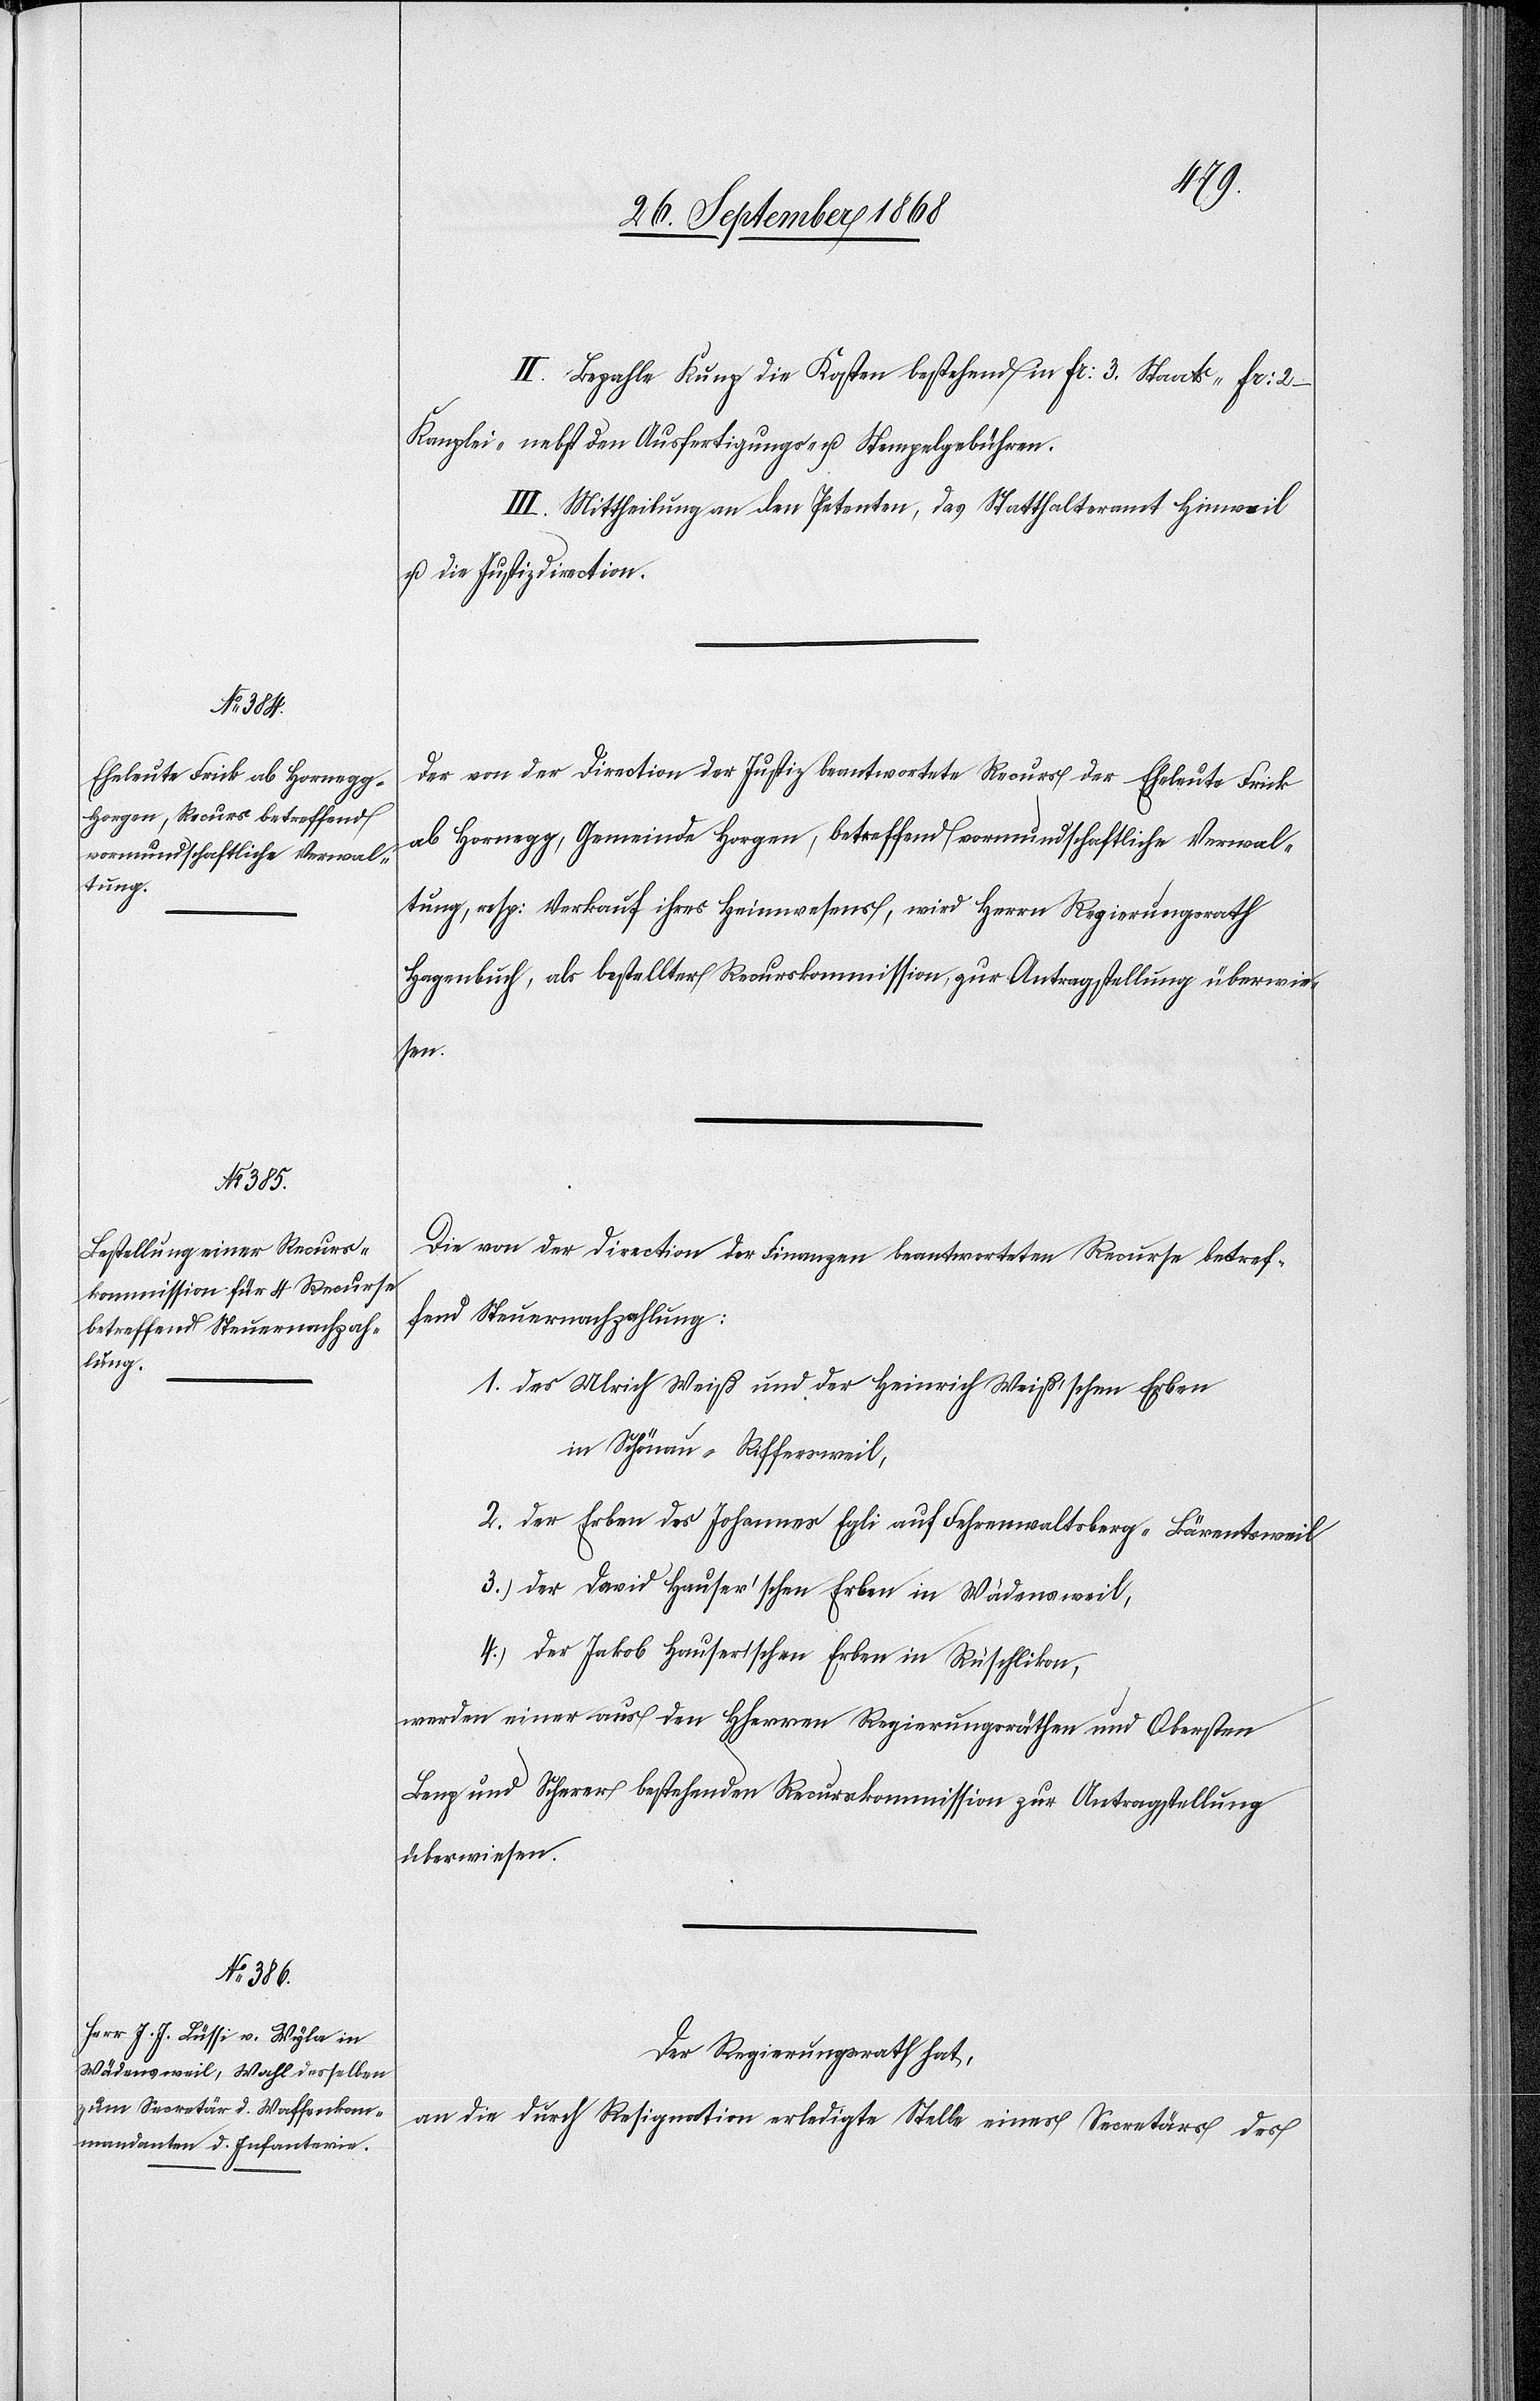
II. Bezahle Kunz die Kosten bestehend in Fr: 3. Staats-[,] Fr: 2 –
Kanzlei-[,] nebst den Ausfertigungs- u. Stempelgebühren.
III. Mittheilung an den Petenten, das Statthalteramt Hinweil
u. die Justizdirection.
Der von der Direction der Justiz beantwortete Recurs der Eheleute Frick
ab Hornegg, Gemeinde Horgen, betreffend vormundschaftliche Verwal¬
tung, resp: Verkauf ihres Heimwesens, wird Herrn Regierungsrath
Hagenbuch, als bestellter Recurskommission, zur Antragstellung überwie¬
sen.
Die von der Direction der Finanzen beantworteten Recurse betref¬
fend Steuernachzahlung:
1. des Ulrich Weiß und der Heinrich Weiß’schen Erben
in Schönau - Riffersweil,
2. der Erben des Johannes Egli auf Fehrenwaltsberg - Bärentsweil
3. der David Hauser’schen Erben in Wädensweil,
4. der Jakob Hauser’schen Erben in Rüschlikon,
werden einer aus den Hherren Regierungsräthen und Obersten
Benz und Scherer bestehenden Recurskommission zur Antragstellung
überwiesen.
Der Regierungsrath hat,
an die durch Resignation erledigte Stelle eines Secretärs des